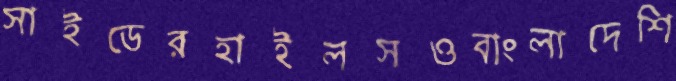
সাইডেরহাইলসওবাংলাদেশি